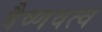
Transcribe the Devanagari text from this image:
वैष्णवत्व